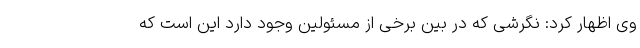
وی اظهار کرد: نگرشی که در بین برخی از مسئولین وجود دارد این است که